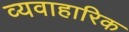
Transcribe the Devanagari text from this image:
व्यवाहारिक